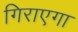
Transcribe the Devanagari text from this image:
गिराएगा